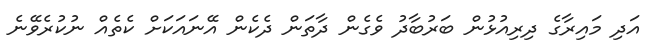
އަދި މައިރާގެ ދިރިއުޅުން ބަރުބާދު ވެގެން ދާތަން ދެކެން އޭނައަކަށް ކެތެއް ނުކުރެވޭނެ